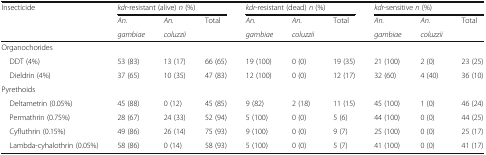
| Insecticide | <COLSPAN=3> kdr-resistant (alive) n (%) | <COLSPAN=3> kdr-resistant (dead) n (%) | <COLSPAN=3> kdr-sensitive n (%) |
 |  | An. | An. | Total | An. | An. | Total | An. | An. | Total |
 |  | gambiae | coluzzii |  | gambiae | coluzzii |  | gambiae | coluzzii |  |
 | --- | --- | --- | --- | --- | --- | --- | --- | --- | --- |
 | <COLSPAN=10> Organochorides |
 | DDT (4%) | 53 (83) | 13 (17) | 66 (65) | 19 (100) | 0 (0) | 19 (35) | 21 (100) | 2 (0) | 23 (25) |
 | Dieldrin (4%) | 37 (65) | 10 (35) | 47 (83) | 12 (100) | 0 (0) | 12 (17) | 32 (60) | 4 (40) | 36 (10) |
 | <COLSPAN=10> Pyrethoids |
 | Deltametrin (0.05%) | 45 (88) | 0 (12) | 45 (85) | 9 (82) | 2 (18) | 11 (15) | 45 (100) | 1 (0) | 46 (24) |
 | Permathrin (0.75%) | 28 (67) | 24 (33) | 52 (94) | 5 (100) | 0 (0) | 5 (6) | 44 (100) | 0 (0) | 44 (25) |
 | Cyfluthrin (0.15%) | 49 (86) | 26 (14) | 75 (93) | 9 (100) | 0 (0) | 9 (7) | 25 (100) | 0 (0) | 25 (17) |
 | Lambda-cyhalothrin (0.05%) | 58 (86) | 0 (14) | 58 (93) | 5 (100) | 0 (0) | 5 (7) | 41 (100) | 0 (0) | 41 (17) |